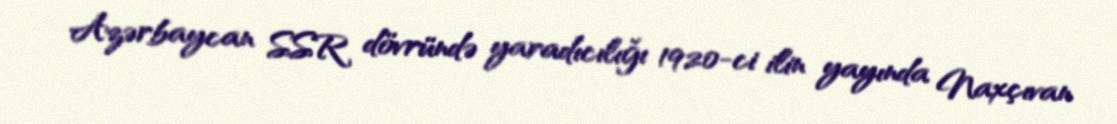
Azərbaycan SSR dövründə yaradıcılığı 1920-ci ilin yayında Naxçıvan